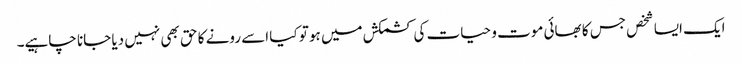
ایک ایسا شخص جس کا بھائی موت و حیات کی کشمکش میں ہو تو کیا اسے رونے کا حق بھی نہیں دیا جانا چاہیے۔